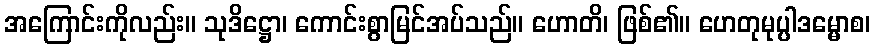
အကြောင်းကိုလည်း။ သုဒိဋ္ဌော၊ ကောင်းစွာမြင်အပ်သည်။ ဟောတိ၊ ဖြစ်၏။ ဟေတုမုပ္ပါဒမ္မောစ၊